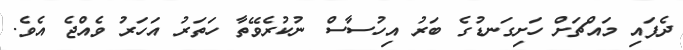
ދެފައި މައްޗަށް ހަށިގަނޑުގެ ބަރު އިހުސާސް ނުކުރެވޭތާ ހަތަރު އަހަރު ވެއްޖެ އެވެ.